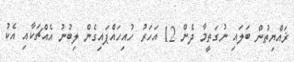
ޜައްޔިތުން ބަލައި ނުގަތީމާ ދެން 12 އަހަރު ހުއިހައްޕައިގެން ލިބުނު އެއްޗަކާއި އެކު